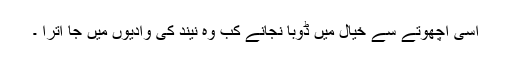
اسی اچھوتے سے خیال میں ڈوبا نجانے کب وہ نیند کی وادیوں میں جا اترا ۔